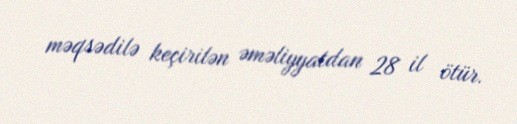
məqsədilə keçirilən əməliyyatdan 28 il ötür.